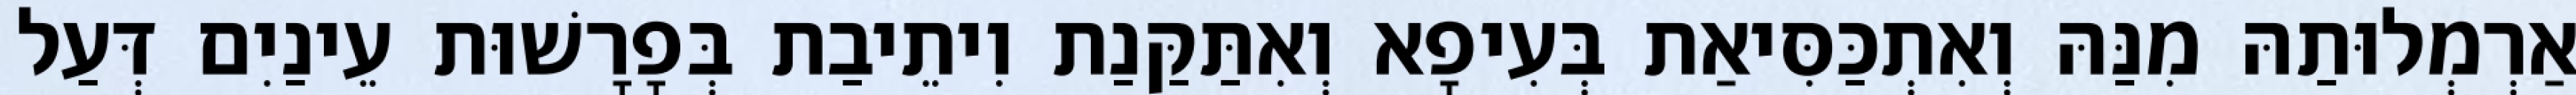
אַרְמְלוּתַהּ מִנַּהּ וְאִתְכַּסִּיאַת בְּעִיפָא וְאִתַּקַּנַת וִיתֵיבַת בְּפָרָשׁוּת עֵינַיִם דְּעַל